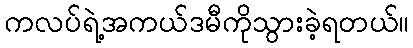
ကလပ်ရဲ့အကယ်ဒမီကိုသွားခဲ့ရတယ်။